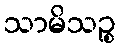
သာမိသဉ္စ